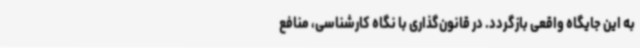
به این جایگاه واقعی بازگردد. در قانون‌گذاری با نگاه کارشناسی، منافع